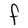
Character: F